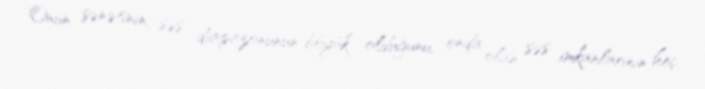
Onun sənətinin, səs diapazonunun böyük olduğunu, onda olan səs imkanlarının heç